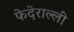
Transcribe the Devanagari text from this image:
फेदेराल्ली